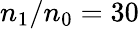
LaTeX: n_{\mathrm{1}}/n_{\mathrm{0}}=30